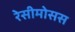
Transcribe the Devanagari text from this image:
रेसीमोसस